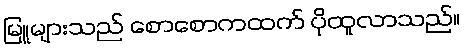
မြူများသည် စောစောကထက် ပိုထူလာသည်။